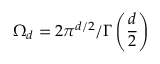
\Omega _ { d } = { 2 \pi ^ { d / 2 } } / { \Gamma \left( \frac { d } { 2 } \right) }